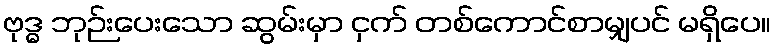
ဗုဒ္ဓ ဘုဉ်းပေးသော ဆွမ်းမှာ ငှက် တစ်ကောင်စာမျှပင် မရှိပေ။